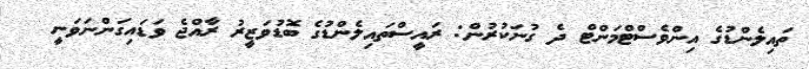
ތައިލެންޑުގެ އިންވެސްޓްމަންޓް ދެ ގުނަކުރުން: ރައީސްތައިލެންޑުގެ ބޮޑުވަޒީރު ރާއްޖެ ވަޑައިގަންނަވަނީ